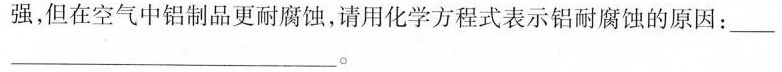
强，但在空气中铝制品更耐腐蚀，请用化学方程式表示铝耐腐蚀的原因：_________。